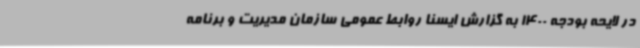
در لایحه بودجه 1400 به گزارش ایسنا روابط عمومی سازمان مدیریت و برنامه